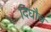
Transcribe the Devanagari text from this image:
दिघौच